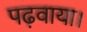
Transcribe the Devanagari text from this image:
पढ़वाया।